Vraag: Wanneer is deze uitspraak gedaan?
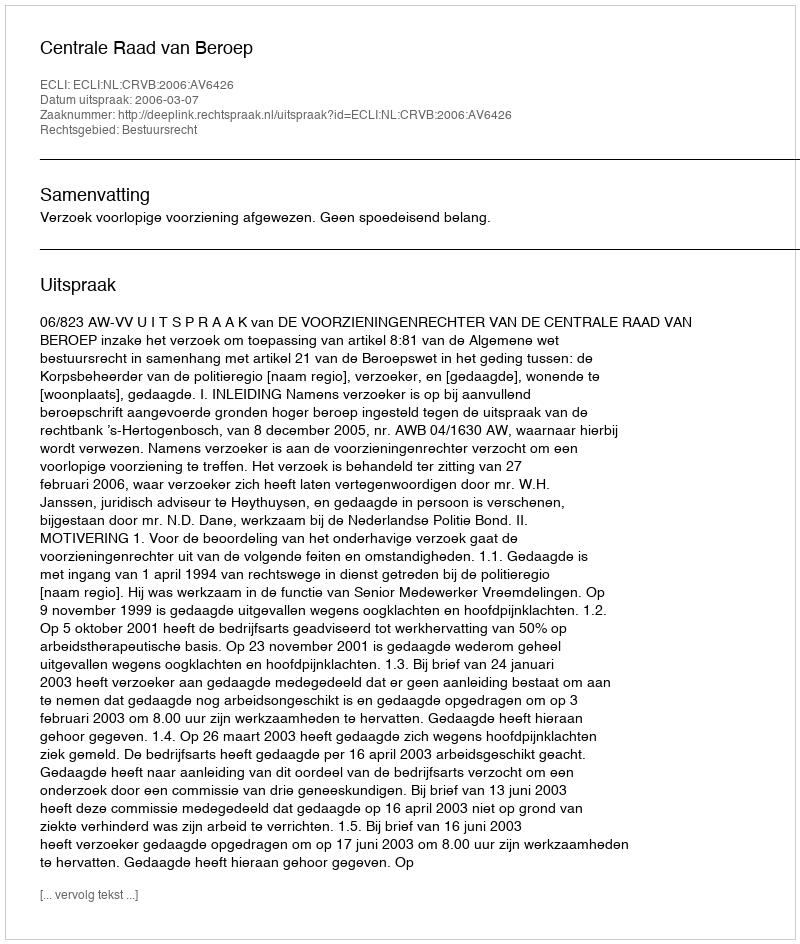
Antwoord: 2006-03-07